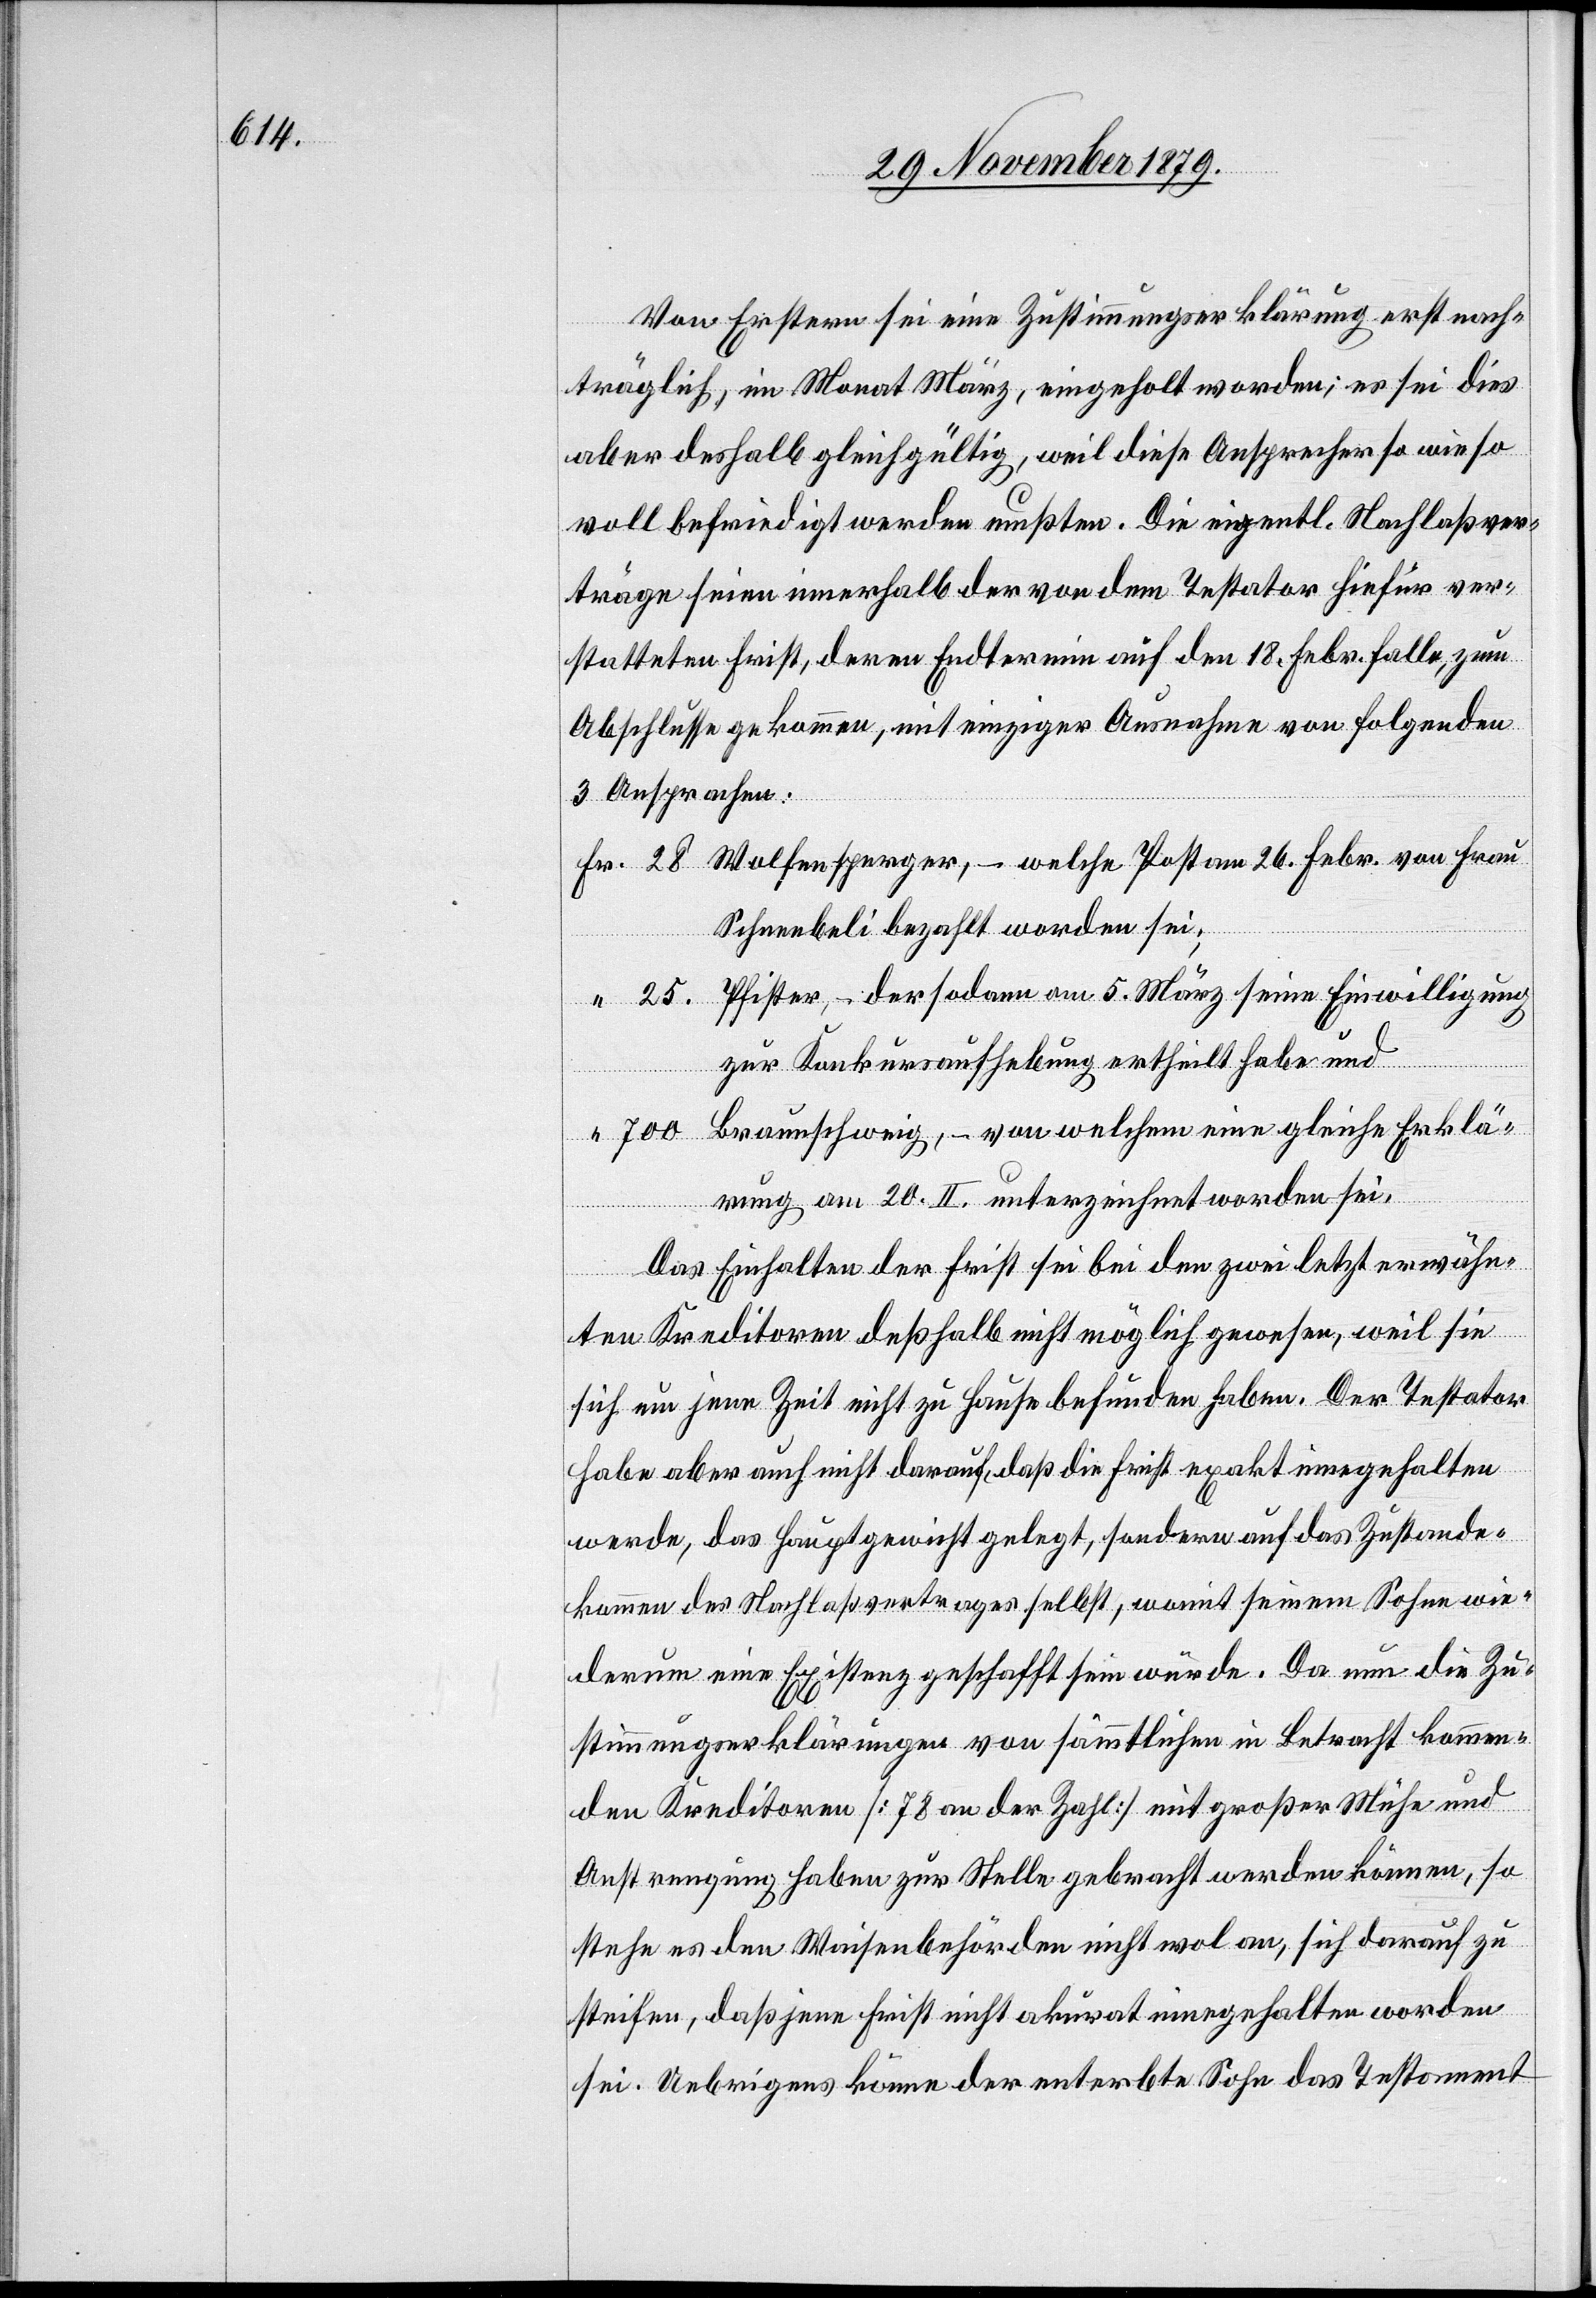
Von ersterm sei eine Zustimmungserklärung erst nach¬
träglich, im Monat März, eingeholt worden; es sei dies
aber deshalb gleichgültig, weil diese Ansprecher sowieso
voll befriedigt werden mußten. Die eigentl. Nachlaßver¬
träge seien innerhalb der von dem Testator hiefür ver¬
statteten Frist, deren Endtermin auf den 18. Febr. falle, zum
Abschlusse gekommen, mit einigen Ausnahmen von folgenden
3 Ansprachen:
Wolfensperger, – welche Post am 26. Febr. von Frau
Schneebeli bezahlt worden sei;
Pfister, – der sodann am 5. März seine Einwilligung
zur Konkursaufhebung ertheilt habe und
Braunschweig, – von welchem eine gleiche Erklä¬
rung am 20. II. unterzeichnet worden sei.
Das Einhalten der Frist sei bei den zwei letzt erwähn¬
ten Kreditoren deßhalb nicht möglich gewesen, weil sie
sich um jene Zeit nicht zu Hause befunden haben. Der Testator
habe aber auch nicht darauf, daß die Frist exakt eingehalten
werde, das Hauptgewicht gelegt, sondern auf das Zustande¬
kommen des Nachlaßvertrages selbst, womit seinem Sohne wie¬
derum eine Existenz geschaffen sein würde. Da nun die Zu¬
stimmungserklärungen von sämmtlichen in Betracht kommen¬
den Kreditoren [78 an der Zahl] mit großer Mühe und
Anstrengung haben zur Stelle gebracht werden können, so
stehe es den Waisenbehörden nicht wol an, sich darauf zu
steifen, daß jene Frist nicht akurat eingehalten worden
sei. Uebrigens könne der enterbte Sohn das Testament